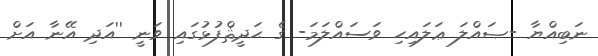
ނަބިއްޔާ -ޞައްލަ ޢަލައިހި ވަސައްލަމަ- ގެ ޙަދީޘްފުޅުގައި ވަނީ ''އަދި އޭނާ އަށް